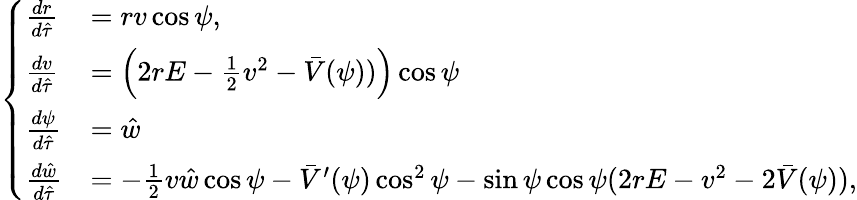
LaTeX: \left\{ \begin{array}{ll}{\frac{dr}{d\hat{\tau}}}&{=rv\cos\psi,}\\ {\frac{dv}{d\hat{\tau}}}&{=\left(2rE-\frac 12v^{2}-\bar{V}(\psi))\right)\cos\psi}\\ {\frac{d\psi}{d\hat{\tau}}}&{=\hat{w}}\\ {\frac{d\hat{w}}{d\hat{\tau}}}&{=-\frac 12v\hat{w}\cos\psi-\bar{V}^{\prime}(\psi)\cos^{2}\psi-\sin\psi\cos\psi(2rE-v^{2}-2\bar{V}(\psi)),}\end{array}\right.